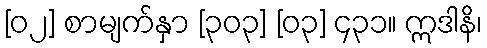
[၀၂] စာမျက်နှာ [၃၀၃] [၀၃] ၄၃၁။ ဣဒါနိ၊